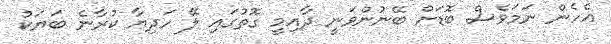
އެހެން ނަމަވެސް ބޮޑަށް ބޭނުންވަނީ ދާއިމީ ގޮތުގައި ލޭ ހަދިޔާ ކުރާނެ ބަޔަކު